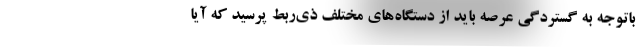
باتوجه به گستردگی عرصه باید از دستگاه‌های مختلف ذی‌ربط پرسید که آیا